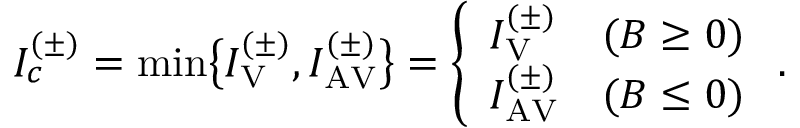
\begin{array} { r } { I _ { c } ^ { ( \pm ) } = \mathrm { m i n } \bigl \{ I _ { \mathrm { V } } ^ { ( \pm ) } , I _ { \mathrm { A V } } ^ { ( \pm ) } \bigr \} = \left\{ \begin{array} { l l } { I _ { \mathrm { V } } ^ { ( \pm ) } } & { ( B \ge 0 ) } \\ { I _ { \mathrm { A V } } ^ { ( \pm ) } } & { ( B \le 0 ) } \end{array} \right. . } \end{array}